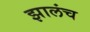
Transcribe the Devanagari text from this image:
झालंच